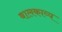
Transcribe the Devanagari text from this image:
बालकाव्य